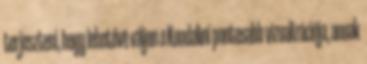
terjeszteni, hogy lehetővé váljon a Kundaliní pontosabb vizualizációja, annak